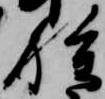
種